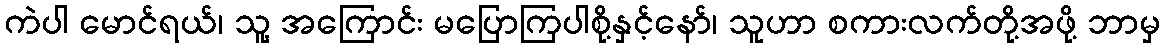
ကဲပါ မောင်ရယ်၊ သူ့ အကြောင်း မပြောကြပါစို့နှင့်နော်၊ သူဟာ စကားလက်တို့အဖို့ ဘာမှ